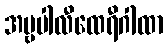
အမ္ဗပါလီထေရီဂါထာ